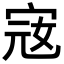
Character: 宼